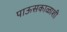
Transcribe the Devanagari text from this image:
पाऊसकाळाशी